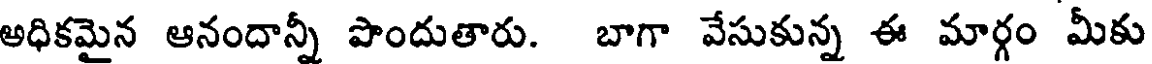
అధికమైన ఆనందాన్నీ పొందుతారు. బాగా వేసుకున్న ఈ మార్గం మీకు